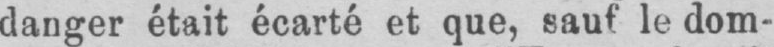
danger était écarté et que, sauf le dom-